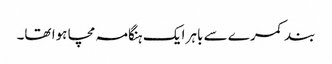
بند کمرے سے باہر ایک ہنگامہ مچا ہوا تھا۔